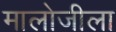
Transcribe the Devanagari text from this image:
मालोजीला